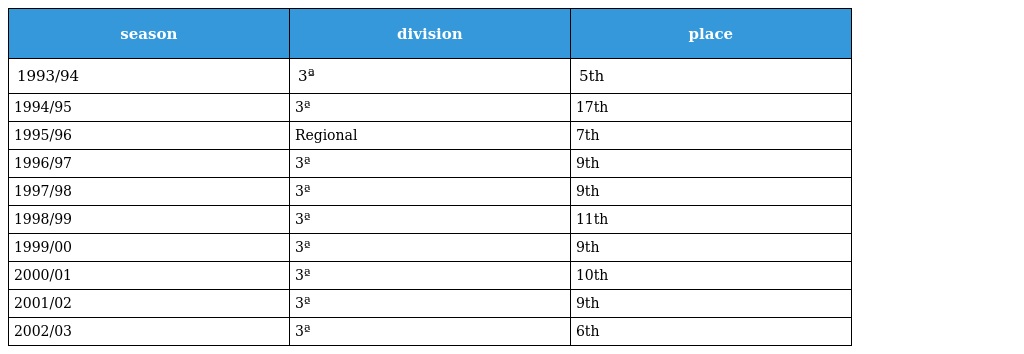
| season | division | place |
 | --- | --- | --- |
 | 1993/94 | 3ª | 5th |
 | 1994/95 | 3ª | 17th |
 | 1995/96 | Regional | 7th |
 | 1996/97 | 3ª | 9th |
 | 1997/98 | 3ª | 9th |
 | 1998/99 | 3ª | 11th |
 | 1999/00 | 3ª | 9th |
 | 2000/01 | 3ª | 10th |
 | 2001/02 | 3ª | 9th |
 | 2002/03 | 3ª | 6th |